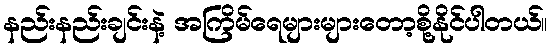
နည်းနည်းချင်းနဲ့ အကြိမ်ရေများများတော့စို့နိုင်ပါတယ်။